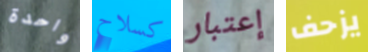
واحدة كسلاح إعتبار يزحف